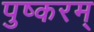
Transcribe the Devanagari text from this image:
पुष्करम्‌